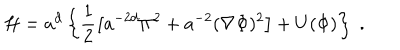
LaTeX: { \cal H } = a ^ { d } \left\{ \frac { 1 } { 2 } \left[ a ^ { - 2 d } \Pi ^ { 2 } + a ^ { - 2 } ( { \bf \nabla } \Phi ) ^ { 2 } \right] + U ( \Phi ) \right\} \; .